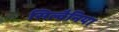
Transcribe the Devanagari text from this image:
सिल्वैनिया